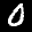
Label: 0